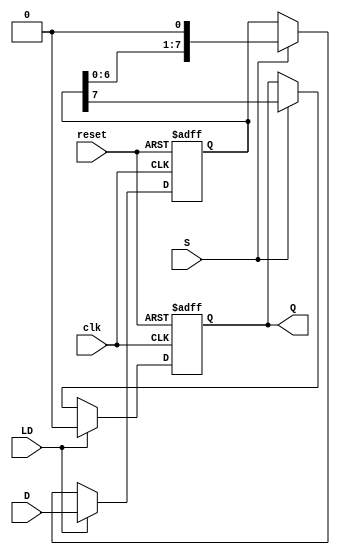
module PISO_Register #(
    parameter WIDTH = 8  // Define the width of the register
)(
    input wire clk,       // Clock signal
    input wire reset,     // Asynchronous reset signal
    input wire LD,        // Load control signal
    input wire S,         // Shift control signal
    input wire [WIDTH-1:0] D, // Parallel data input
    output reg Q          // Serial output
);

    reg [WIDTH-1:0] shift_reg; // Shift register

    // Asynchronous reset and loading data
    always @(posedge clk or posedge reset) begin
        if (reset) begin
            shift_reg <= {WIDTH{1'b0}}; // Clear the register
            Q <= 1'b0; // Clear the output
        end else if (LD) begin
            shift_reg <= D; // Load data into the shift register
            Q <= 1'b0; // Reset output when loading
        end else if (S) begin
            Q <= shift_reg[WIDTH-1]; // Output the MSB
            shift_reg <= {shift_reg[WIDTH-2:0], 1'b0}; // Shift left
        end
    end

endmodule